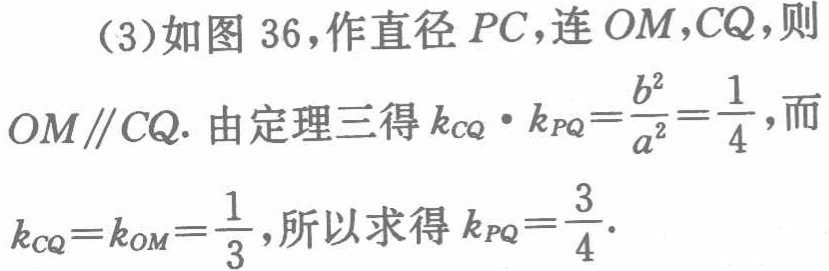
(3)如图 36,作直径 \(PC\),连 \(OM,CQ\),则
\(OM\parallel CQ\). 由定理三得 \(k_{CQ}\cdot k_{PQ}=\frac{b^{2}}{a^{2}}=\frac{1}{4}\),而
\(k_{CQ}=k_{OM}=\frac{1}{3}\),所以求得 \(k_{PQ}=\frac{3}{4}\).